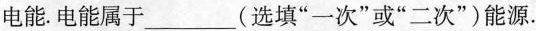
电能. 电能属于___(选填“一次”或“二次”)能源.